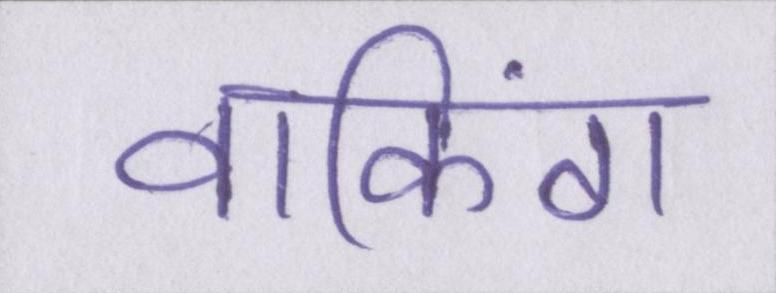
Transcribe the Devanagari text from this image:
वाकिंग